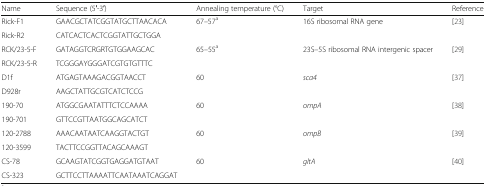
| Name | Sequence (5′-3′) | Annealing temperature (°C) | Target | Reference |
 | --- | --- | --- | --- | --- |
 | Rick-F1 | GAACGCTATCGGTATGCTTAACACA | <ROWSPAN=2> 67–57a | <ROWSPAN=2> 16S ribosomal RNA gene | <ROWSPAN=2> [23] |
 | Rick-R2 | CATCACTCACTCGGTATTGCTGGA |
 | RCK/23-5-F | GATAGGTCRGRTGTGGAAGCAC | <ROWSPAN=2> 65–55a | <ROWSPAN=2> 23S–5S ribosomal RNA intergenic spacer | <ROWSPAN=2> [29] |
 | RCK/23-5-R | TCGGGAYGGGATCGTGTGTTTC |
 | D1f | ATGAGTAAAGACGGTAACCT | <ROWSPAN=2> 60 | <ROWSPAN=2> sca4 | <ROWSPAN=2> [37] |
 | D928r | AAGCTATTGCGTCATCTCCG |
 | 190-70 | ATGGCGAATATTTCTCCAAAA | <ROWSPAN=2> 60 | <ROWSPAN=2> ompA | <ROWSPAN=2> [38] |
 | 190-701 | GTTCCGTTAATGGCAGCATCT |
 | 120-2788 | AAACAATAATCAAGGTACTGT | <ROWSPAN=2> 60 | <ROWSPAN=2> ompB | <ROWSPAN=2> [39] |
 | 120-3599 | TACTTCCGGTTACAGCAAAGT |
 | CS-78 | GCAAGTATCGGTGAGGATGTAAT | <ROWSPAN=2> 60 | <ROWSPAN=2> gltA | <ROWSPAN=2> [40] |
 | CS-323 | GCTTCCTTAAAATTCAATAAATCAGGAT |